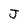
Character: J